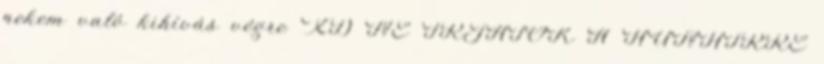
nekem való kihívás végre XD NE IRJATOK A HUNHÍRRE